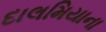
દાલમિયાના